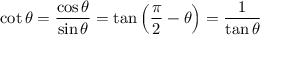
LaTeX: \cot \theta = { \frac { \cos \theta } { \sin \theta } } = \tan \left( { \frac { \pi } { 2 } } - \theta \right) = { \frac { 1 } { \tan \theta } }